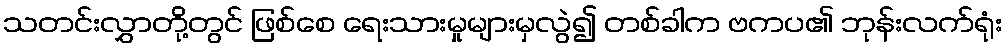
သတင်းလွှာတို့တွင် ဖြစ်စေ ရေးသားမှုများမှလွဲ၍ တစ်ခါက ဗကပ၏ ဘုန်းလက်ရုံး